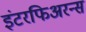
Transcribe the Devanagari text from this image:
इंटरफिअरन्स